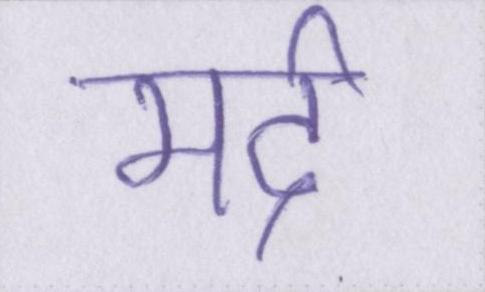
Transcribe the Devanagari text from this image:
मर्द